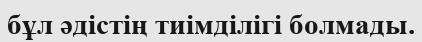
бұл әдістің тиімділігі болмады.